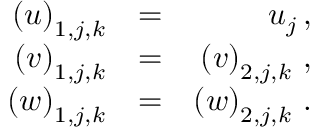
\begin{array} { r l r } { { \left( u \right) _ { 1 , j , k } } } & { { = } } & { { u _ { j } \, \mathrm { , } } } \\ { { \left( v \right) _ { 1 , j , k } } } & { { = } } & { { \left( v \right) _ { 2 , j , k } \, \mathrm { , } } } \\ { { \left( w \right) _ { 1 , j , k } } } & { { = } } & { { \left( w \right) _ { 2 , j , k } \, \mathrm { . } } } \end{array}